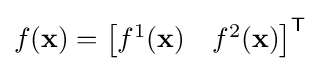
f(\mathbf {x} )={\begin{bmatrix}f^{1}(\mathbf {x} )&f^{2}(\mathbf {x} )\end{bmatrix}}^{\mathsf {T}}